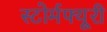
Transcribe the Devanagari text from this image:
स्टोर्मफ्यूरी